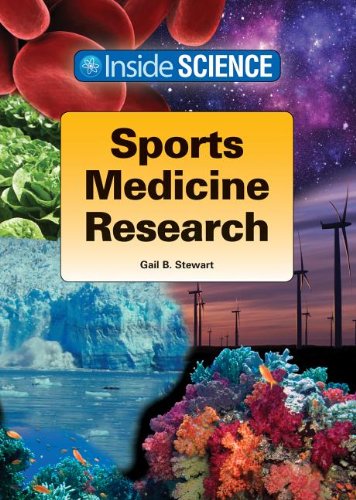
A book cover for Sports Medicine Research (Inside Science); Gail Stewart; Teen & Young Adult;